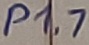
Text: P1.7